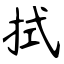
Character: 拭